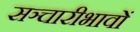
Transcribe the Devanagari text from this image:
सञ्चारीभावों